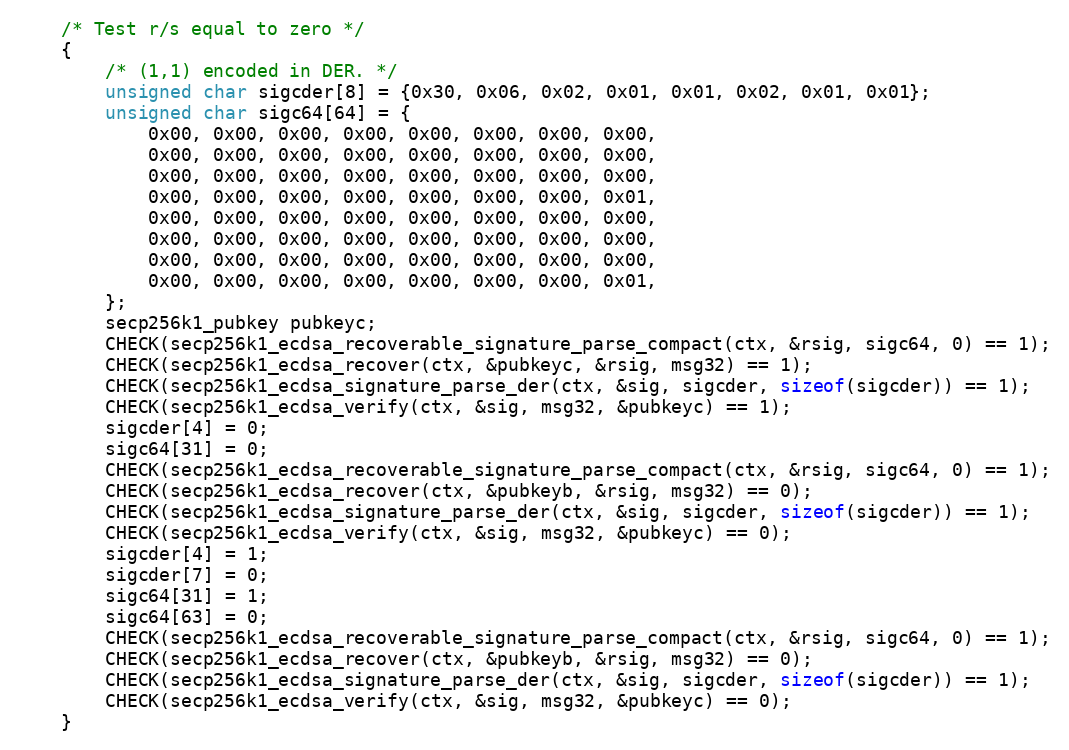
Language: C
    /* Test r/s equal to zero */
    {
        /* (1,1) encoded in DER. */
        unsigned char sigcder[8] = {0x30, 0x06, 0x02, 0x01, 0x01, 0x02, 0x01, 0x01};
        unsigned char sigc64[64] = {
            0x00, 0x00, 0x00, 0x00, 0x00, 0x00, 0x00, 0x00,
            0x00, 0x00, 0x00, 0x00, 0x00, 0x00, 0x00, 0x00,
            0x00, 0x00, 0x00, 0x00, 0x00, 0x00, 0x00, 0x00,
            0x00, 0x00, 0x00, 0x00, 0x00, 0x00, 0x00, 0x01,
            0x00, 0x00, 0x00, 0x00, 0x00, 0x00, 0x00, 0x00,
            0x00, 0x00, 0x00, 0x00, 0x00, 0x00, 0x00, 0x00,
            0x00, 0x00, 0x00, 0x00, 0x00, 0x00, 0x00, 0x00,
            0x00, 0x00, 0x00, 0x00, 0x00, 0x00, 0x00, 0x01,
        };
        secp256k1_pubkey pubkeyc;
        CHECK(secp256k1_ecdsa_recoverable_signature_parse_compact(ctx, &rsig, sigc64, 0) == 1);
        CHECK(secp256k1_ecdsa_recover(ctx, &pubkeyc, &rsig, msg32) == 1);
        CHECK(secp256k1_ecdsa_signature_parse_der(ctx, &sig, sigcder, sizeof(sigcder)) == 1);
        CHECK(secp256k1_ecdsa_verify(ctx, &sig, msg32, &pubkeyc) == 1);
        sigcder[4] = 0;
        sigc64[31] = 0;
        CHECK(secp256k1_ecdsa_recoverable_signature_parse_compact(ctx, &rsig, sigc64, 0) == 1);
        CHECK(secp256k1_ecdsa_recover(ctx, &pubkeyb, &rsig, msg32) == 0);
        CHECK(secp256k1_ecdsa_signature_parse_der(ctx, &sig, sigcder, sizeof(sigcder)) == 1);
        CHECK(secp256k1_ecdsa_verify(ctx, &sig, msg32, &pubkeyc) == 0);
        sigcder[4] = 1;
        sigcder[7] = 0;
        sigc64[31] = 1;
        sigc64[63] = 0;
        CHECK(secp256k1_ecdsa_recoverable_signature_parse_compact(ctx, &rsig, sigc64, 0) == 1);
        CHECK(secp256k1_ecdsa_recover(ctx, &pubkeyb, &rsig, msg32) == 0);
        CHECK(secp256k1_ecdsa_signature_parse_der(ctx, &sig, sigcder, sizeof(sigcder)) == 1);
        CHECK(secp256k1_ecdsa_verify(ctx, &sig, msg32, &pubkeyc) == 0);
    }